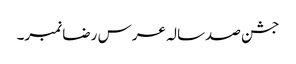
جشن صدسالہ عرس رضا نمبر۔